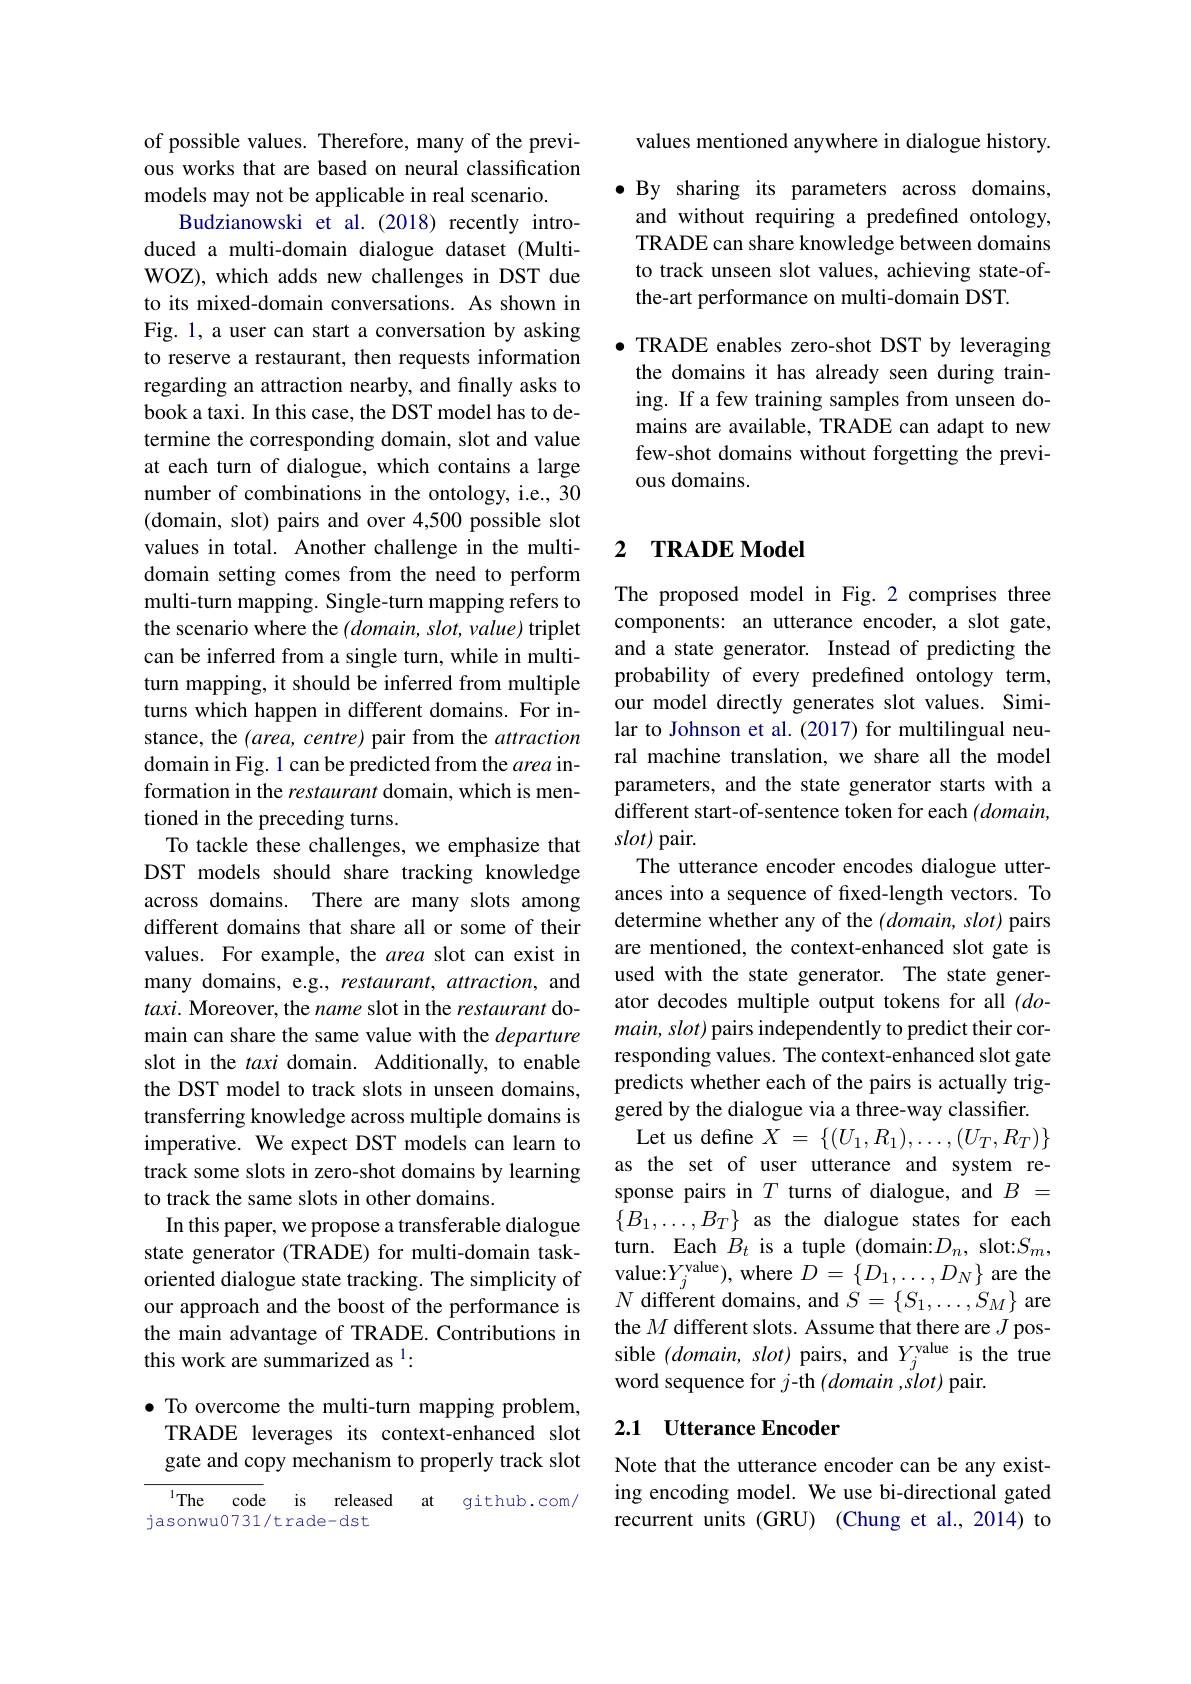
of possible values. Therefore, many of the previous works that are based on neural classification models may not be applicable in real scenario.
Budzianowski et al.(2018) recently introduced a multi-domain dialogue dataset (MultiWOZ), which adds new challenges in DST due to its mixed-domain conversations. As shown in Fig. 1, a user can start a conversation by asking to reserve a restaurant, then requests information regarding an attraction nearby, and finally asks to book a taxi. In this case, the DST model has to determine the corresponding domain, slot and value at each turn of dialogue, which contains a large number of combinations in the ontology, i.e., 30 (domain, slot) pairs and over 4,500 possible slot values in total. Another challenge in the multidomain setting comes from the need to perform multi-turn mapping. Single-turn mapping refers to the scenario where the $(domain,slot,value)$ triplet can be inferred from a single turn, while in multiturn mapping, it should be inferred from multiple turns which happen in different domains. For instance, the $(area,centre)$ pair from the attraction domain in Fig. 1 can be predicted from the area information in the restaurant domain, which is mentioned in the preceding turns.
To tackle these challenges, we emphasize that DST models should share tracking knowledge across domains. There are many slots among different domains that share all or some of their values. For example, the area slot can exist in many domains, e.g., restaurant, attraction, and taxi. Moreover, the name slot in the restaurant domain can share the same value with the departure slot in the taxi domain. Additionally, to enable the DST model to track slots in unseen domains, transferring knowledge across multiple domains is imperative. We expect DST models can learn to track some slots in zero-shot domains by learning to track the same slots in other domains.
In this paper, we propose a transferable dialogue state generator (TRADE) for multi-domain taskoriented dialogue state tracking. The simplicity of our approach and the boost of the performance is the main advantage of TRADE. Contributions in this work are summarized as $^{1}:$
$\bullet$ To overcome the multi-turn mapping problem,

TRADE leverages its context-enhanced slot gate and copy mechanism to properly track slot

The code is released at github.com/
jasonwu0731/trade-dst

values mentioned anywhere in dialogue history.

$\bullet$ By sharing its parameters across domains, and without requiring a predefined ontology, TRADE can share knowledge between domains to track unseen slot values, achieving state-ofthe-art performance on multi-domain DST.

$\bullet$ TRADE enables zero-shot DST by leveraging the domains it has already seen during training. If a few training samples from unseen domains are available, TRADE can adapt to new few-shot domains without forgetting the previous domains.

## 2 $\textbf{TRADE Model}$

The proposed model in Fig.2 comprises three components: an utterance encoder, a slot gate, and a state generator. Instead of predicting the probability of every predefined ontology term, our model directly generates slot values. Similar to Johnson et al. (2017) for multilingual neural machine translation, we share all the model parameters, and the state generator starts with a different start-of-sentence token for each $(domain$, $slot)$ pair.
The utterance encoder encodes dialogue utterances into a sequence of fixed-length vectors. To determine whether any of the $(domain,slot)$ pairs are mentioned, the context-enhanced slot gate is used with the state generator. The state generator decodes multiple output tokens for all $(do-$ main, slot) pairs independently to predict their corresponding values. The context-enhanced slot gate predicts whether each of the pairs is actually triggered by the dialogue via a three-way classifier.
Let us define $X=\{(U_1,R_1),\ldots,(U_T,R_T)\}$ as the set of user utterance and system response pairs in $T$ turns of dialogue, and $B=$ $\{B_1,\ldots,B_T\}$ as the dialogue states for each turn. Each $B_{t}$ is a tuple (domain:$D_n$, slot:$S_m$, value:$Y_j^\mathrm{value})$,where $D=\left\{D_1,\ldots,D_N\right\}$ are the $N$ different domains, and $S=\{S_1,\ldots,S_M\}$ are the $M$ different slots. Assume that there are $J$ possible $(domain,slot)$ pairs, and $Y_j^\mathrm{value}$ is the true word sequence for $j$-th $(domain,slot)$ pair.
2.1 Utterance Encoder

Note that the utterance encoder can be any existing encoding model. We use bi-directional gated recurrent units (GRU) (Chung et al., 2014) to